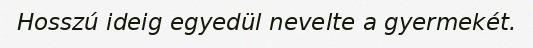
Hosszú ideig egyedül nevelte a gyermekét.